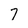
Character: 7